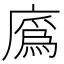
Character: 𢊯